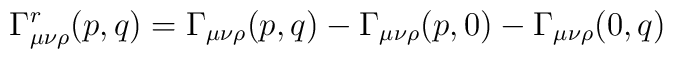
\Gamma^r_{\mu \nu \rho}(p,q)= \Gamma_{\mu \nu \rho}(p,q)-\Gamma_{\mu \nu \rho}(p,0)-\Gamma_{\mu \nu \rho}(0,q)